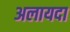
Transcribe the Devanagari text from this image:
अलायदा